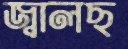
জ্বালছ